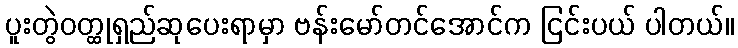
ပူးတွဲဝတ္ထုရှည်ဆုပေးရာမှာ ဗန်းမော်တင်အောင်က ငြင်းပယ် ပါတယ်။